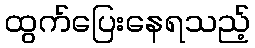
ထွက်ပြေးနေရသည့်